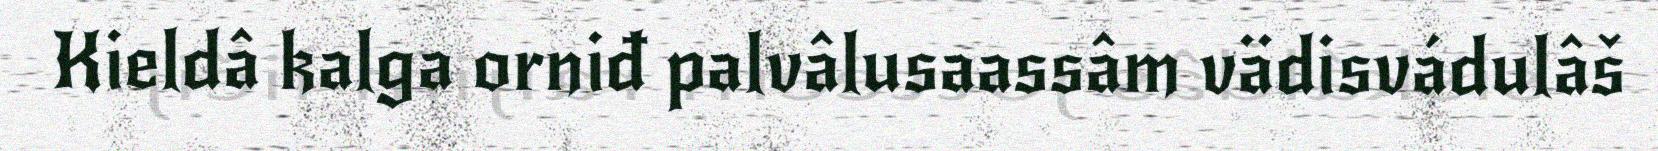
Kieldâ kalga orniđ palvâlusaassâm vädisvádulâš